Quinine and its salts - Number 41
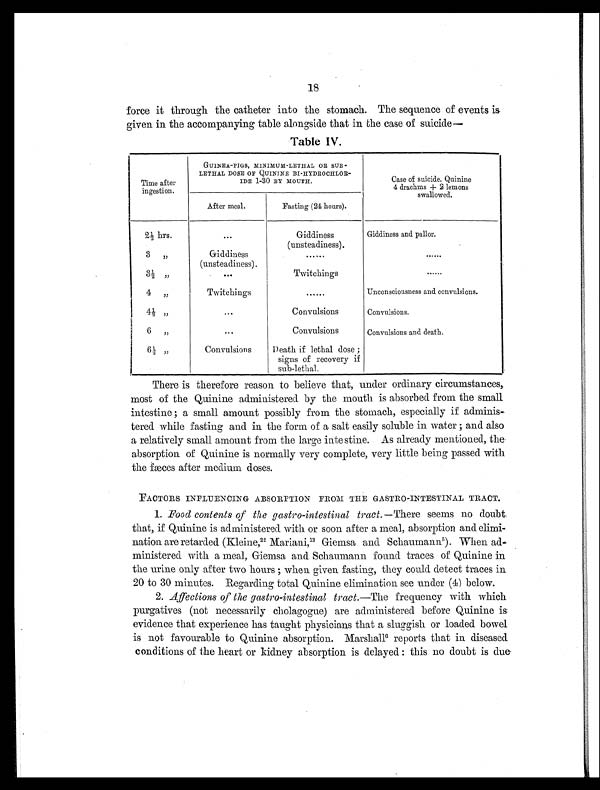
18
force it through the catheter into the stomach. The sequence of events is
given in the accompanying table alongside that in the case of suicide—
Table IV.
Time after
ingestion.
GUINEA-PIGS, MINIMUM-LETHAL OR SUB -
LETHAL DOSE OF QUININE BI-HYDROCHLOR-
IDE 1-30 BY MOUTH.
Case of suicide. Quinine
4 drachms + 2 lemons
swallowed.
After meal.
Fasting (24 hours).
2½ hrs.
...
Giddiness
(unsteadiness).
Giddiness and pallor.
3 „
Giddiness
(unsteadiness).
......
......
3½ „
...
Twitchings
......
4 „
Twitchings
......
Unconsciousness and convulsions.
4½ „
. . .
Convulsions
Convulsions.
6 „
...
Convulsions
Convulsions and death.
6½ „
Convulsions
Death if lethal dose;
signs of recovery if
sub-lethal.
There is therefore reason to believe that, under ordinary circumstances,
most of the Quinine administered by the mouth is absorbed from the small
intestine; a small amount possibly from the stomach, especially if adminis
tered while fasting and in the form of a salt easily soluble in water; and also
a relatively small amount from the large intestine. As already mentioned, the
absorption of Quinine is normally very complete, very little being passed with
the fæces after medium doses.
FACTORS INFLUENCING ABSORPTION FROM THE GASTRO-INTESTINAL TRACT.
1. Food contents of the gastro-intestinal tract. —There seems no doubt
that, if Quinine is administered with or soon after a meal, absorption and elimi-
nation are retarded (Kleine, 22 Mariani,13 Giemsa and Schaumann 5). When ad-
ministered with a meal, Giemsa and Schaumann found traces of Quinine in
the urine only after two hours; when given fasting, they could detect traces in
20 to 30 minutes. Regarding total Quinine elimination see under (4) below.
2. Affections of the gastro-intestinal tract. —The frequency with which
purgatives (not necessarily cholagogue) are administered before Quinine is
evidence that experience has taught physicians that a sluggish or loaded bowel
is not favourable to Quinine absorption. Marshall 6 r e p o r t s t h a t i n d i s e a s e d
conditions of the heart or kidney absorption is delayed: this no doubt is due